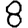
Digit: 8